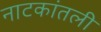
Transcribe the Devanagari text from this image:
नाटकांतली